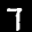
Label: 7